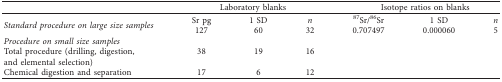
<table><thead><tr><td><b> </b></td><td colspan="3"><b>Laboratory blanks</b></td><td colspan="3"><b>Isotope ratios on blanks</b></td></tr></thead><tbody><tr><td rowspan="2"><i>Standard procedure on large size samples</i></td><td>Sr pg</td><td>1 SD</td><td><i>n</i></td><td><sup>87</sup>Sr/<sup>86</sup>Sr</td><td>1 SD</td><td><i>n</i></td></tr><tr><td>127</td><td>60</td><td>32</td><td>0.707497</td><td>0.000060</td><td>5</td></tr><tr><td><i>Procedure on small size samples</i></td><td rowspan="2">38</td><td rowspan="2">19</td><td rowspan="2">16</td><td> </td><td> </td><td> </td></tr><tr><td>Total procedure (drilling, digestion, and elemental selection)</td><td> </td><td> </td><td> </td></tr><tr><td>Chemical digestion and separation</td><td>17</td><td>6</td><td>12</td><td> </td><td> </td><td> </td></tr></tbody></table>